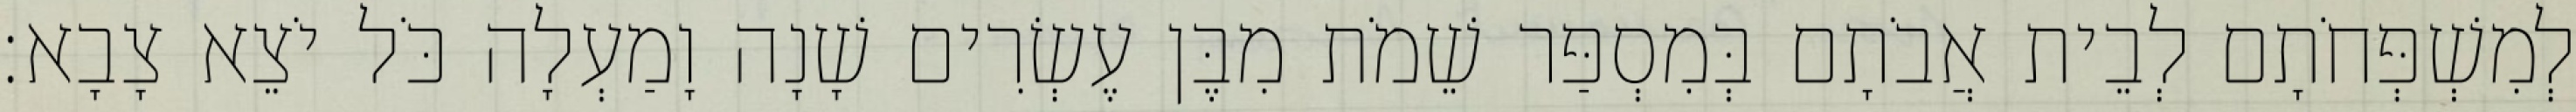
לְמִשְׁפְּחֹתָם לְבֵית אֲבֹתָם בְּמִסְפַּר שֵׁמֹת מִבֶּן עֶשְׂרִים שָׁנָה וָמַעְלָה כֹּל יֹצֵא צָבָא׃